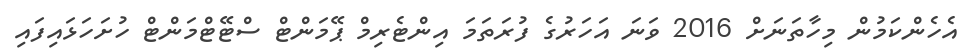
އެހެންކަމުން މިހާތަނަށް 2016 ވަނަ އަހަރުގެ ފުރަތަމަ އިންޓެރިމް ޕޭމަންޓް ސްޓޭޓްމަންޓް ހުށަހަޅައިފައި